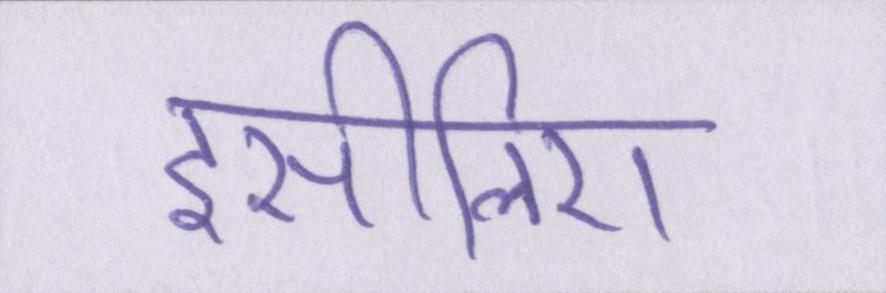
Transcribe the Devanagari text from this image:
इसीलिए